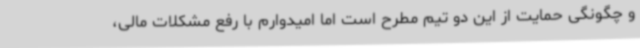
و چگونگی حمایت از این دو تیم مطرح است اما امیدوارم با رفع مشکلات مالی،